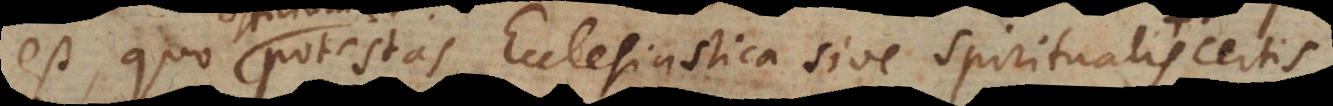
est, quo potestas ecclesiastica sive spiritualis certis